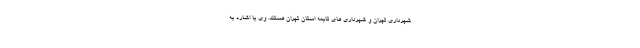
شهرداری تهران و شهرداری های تابعه استان تهران هستند. وی با اشاره به